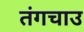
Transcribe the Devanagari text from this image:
तंगचाउ